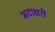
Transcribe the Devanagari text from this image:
भटाक्षरी